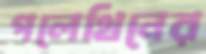
পলেথিনের